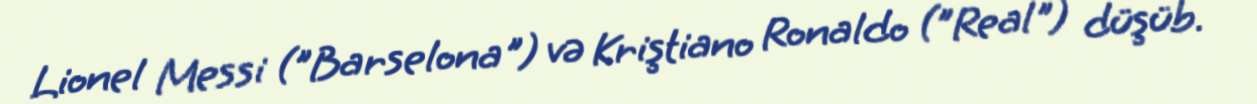
Lionel Messi ("Barselona") və Kriştiano Ronaldo ("Real") düşüb.